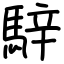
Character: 騂